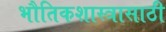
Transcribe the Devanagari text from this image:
भौतिकशास्त्रासाठी